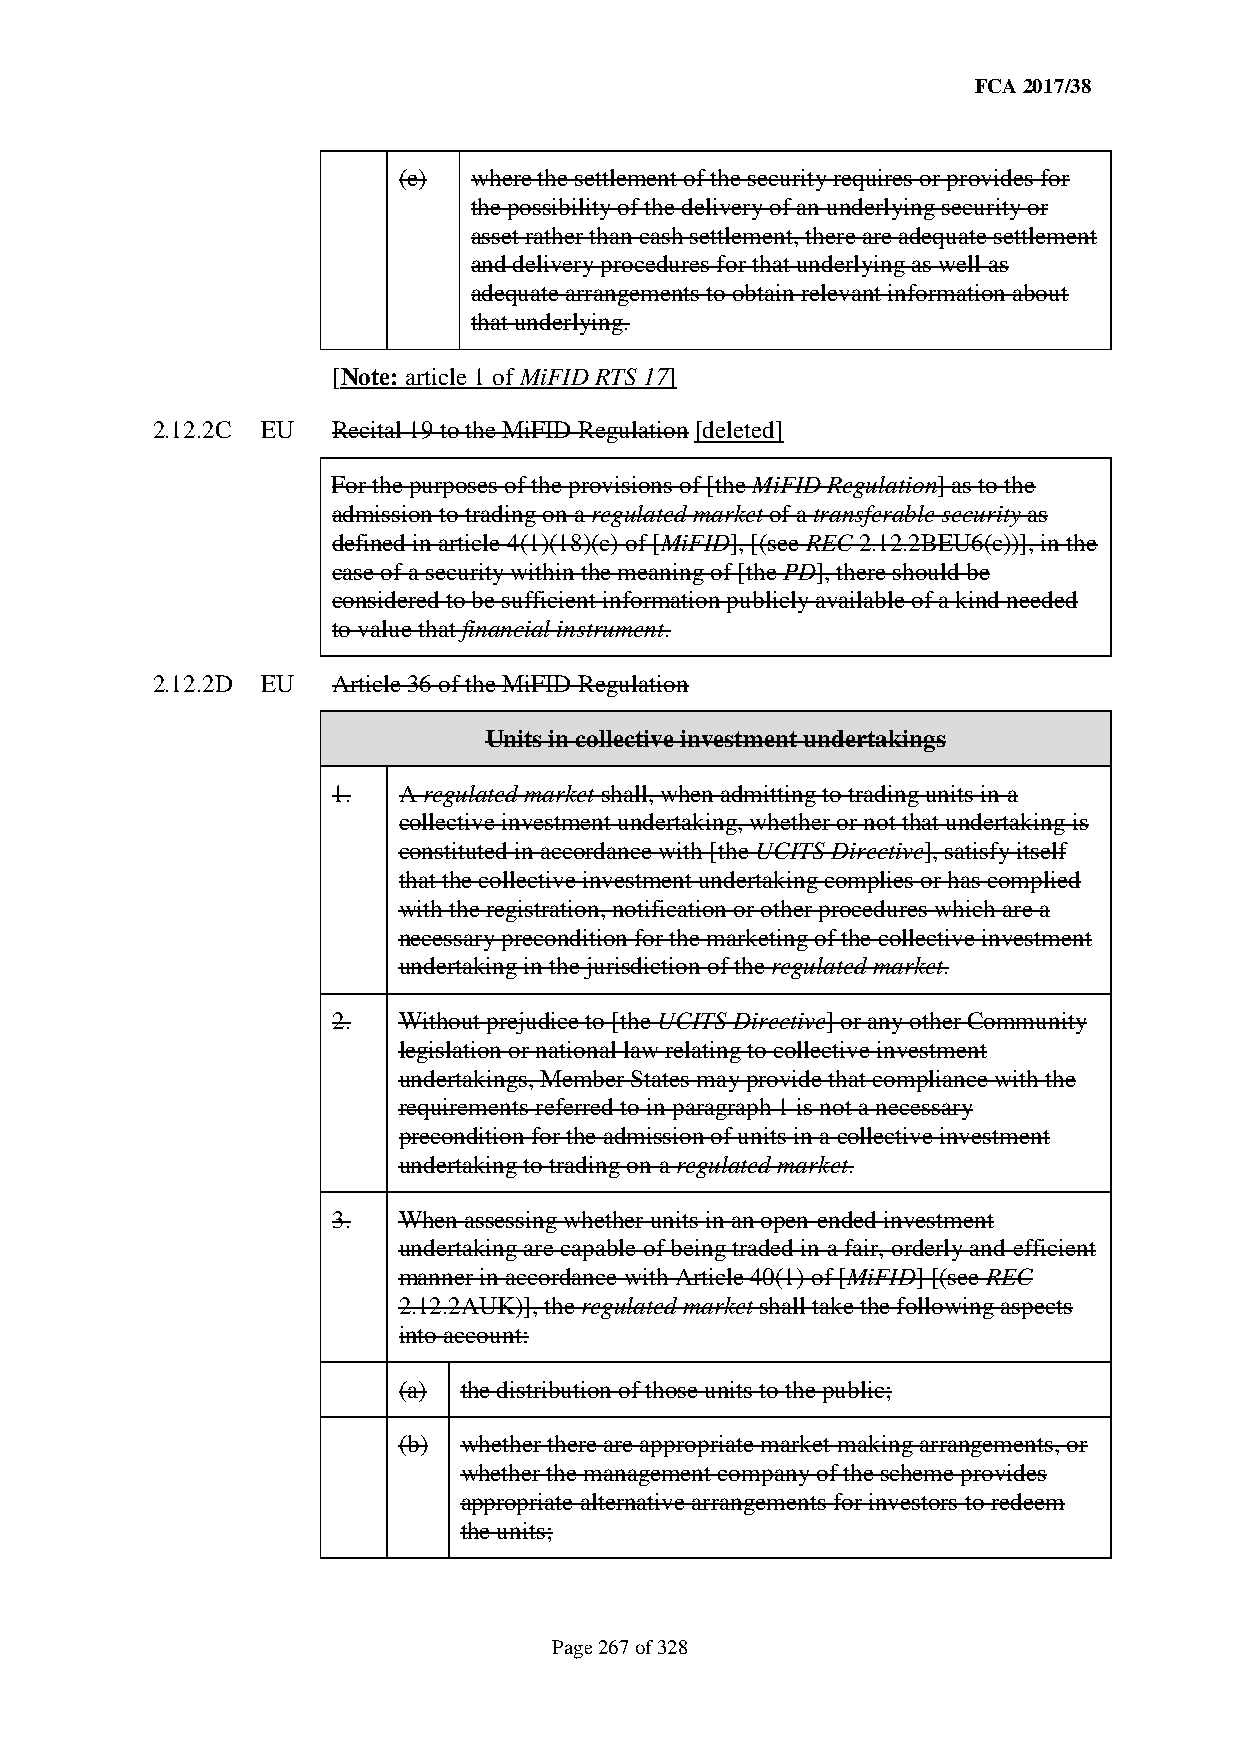
FCA 2017/38
 (e)  where the settlement of the security requires or provides for
 the possibility of the delivery of an underlying security or
 asset rather than cash settlement, there are adequate settlement
 and delivery procedures for that underlying as well as
 adequate arrangements to obtain relevant information about
 that underlying.
 [Note: article 1 of MiFID RTS 17]
 2.12.2C EU  Recital 19 to the MiFID Regulation [deleted]
 For the purposes of the provisions of [the MiFID Regulation] as to the
 admission to trading on a regulated market of a transferable security as
 defined in article 4(1)(18)(c) of [MiFID], [(see REC 2.12.2BEU6(c))], in the
 case of a security within the meaning of [the PD], there should be
 considered to be sufficient information publicly available of a kind needed
 to value that financial instrument.
 2.12.2D EU  Article 36 of the MiFID Regulation
 Units in collective investment undertakings
 1.  A regulated market shall, when admitting to trading units in a
 collective investment undertaking, whether or not that undertaking is
 constituted in accordance with [the UCITS Directive], satisfy itself
 that the collective investment undertaking complies or has complied
 with the registration, notification or other procedures which are a
 necessary precondition for the marketing of the collective investment
 undertaking in the jurisdiction of the regulated market.
 2.  Without prejudice to [the UCITS Directive] or any other Community
 legislation or national law relating to collective investment
 undertakings, Member States may provide that compliance with the
 requirements referred to in paragraph 1 is not a necessary
 precondition for the admission of units in a collective investment
 undertaking to trading on a regulated market.
 3.  When assessing whether units in an open-ended investment
 undertaking are capable of being traded in a fair, orderly and efficient
 manner in accordance with Article 40(1) of [MiFID] [(see REC
 2.12.2AUK)], the regulated market shall take the following aspects
 into account:
 (a) the distribution of those units to the public;
 (b) whether there are appropriate market-making arrangements, or
 whether the management company of the scheme provides
 appropriate alternative arrangements for investors to redeem
 the units;
 Page 267 of 328